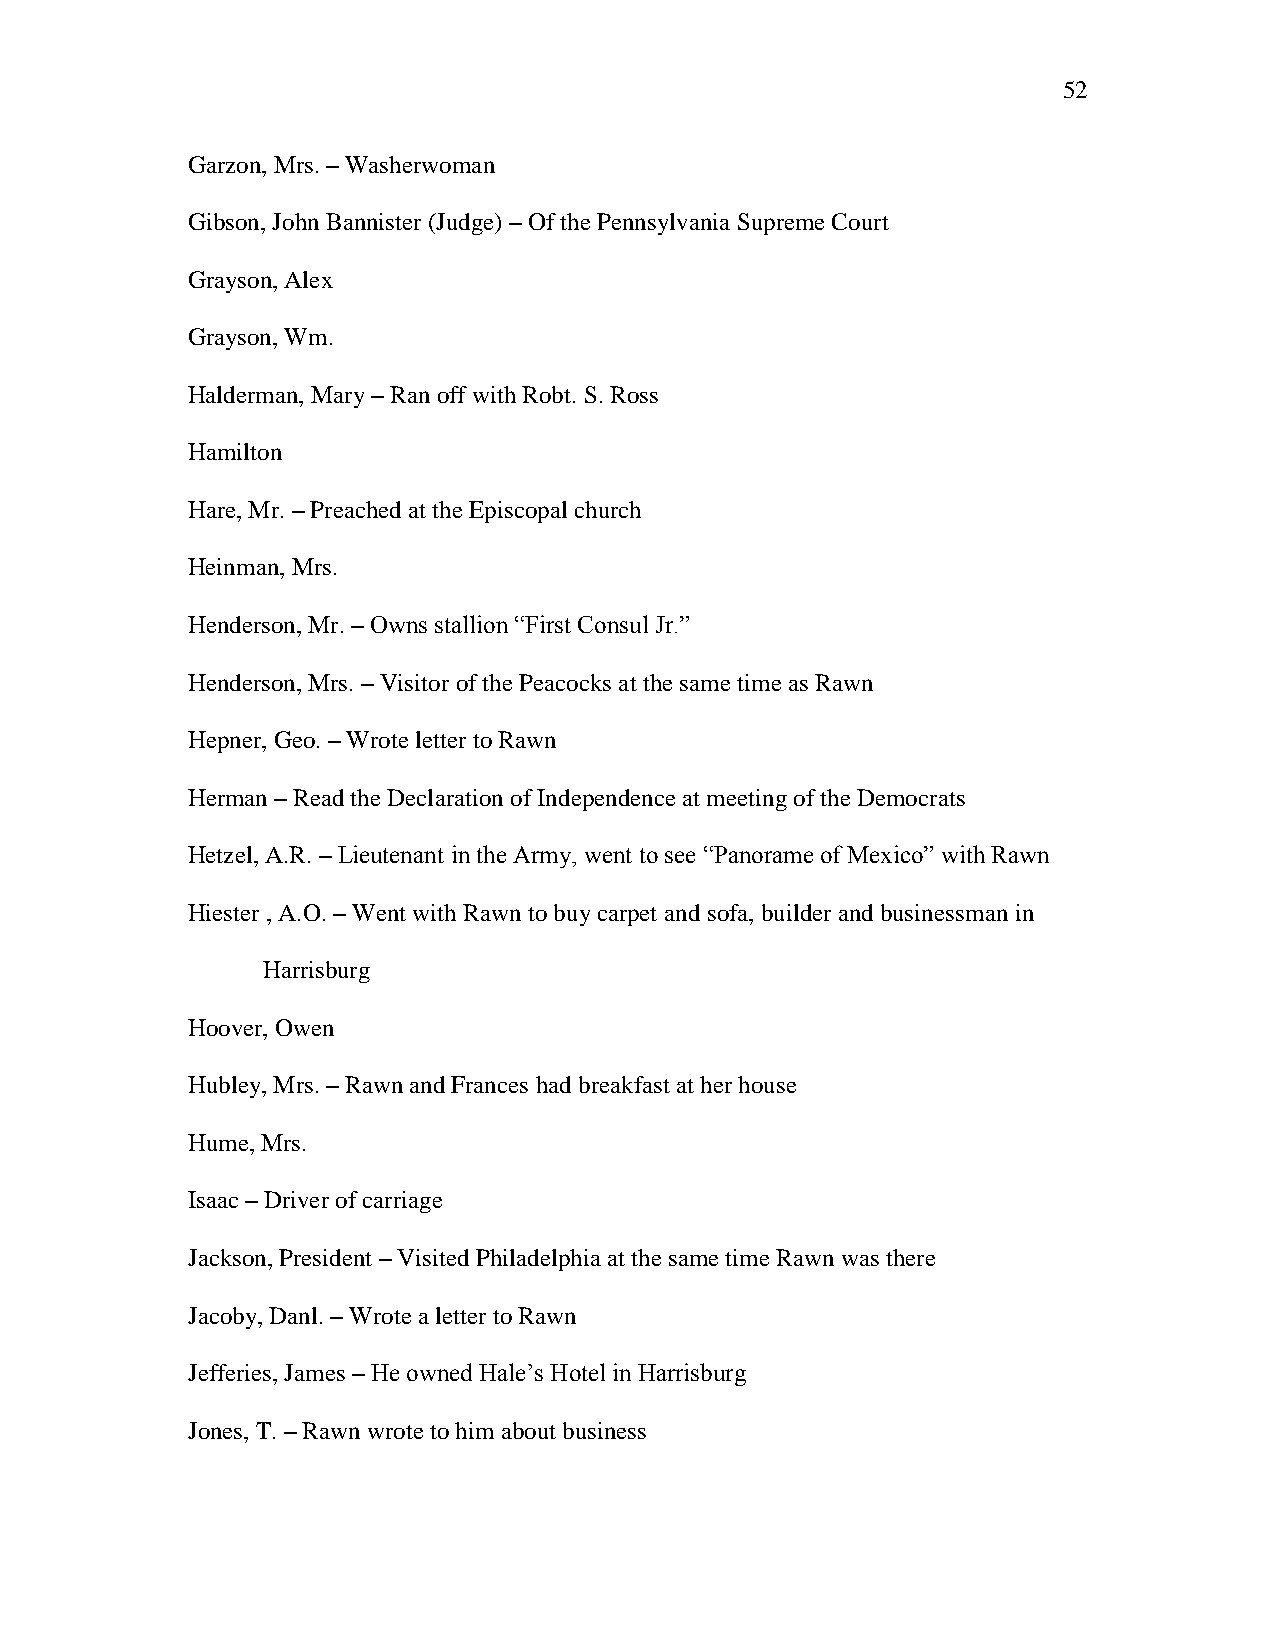
52
 Garzon, Mrs. – Washerwoman
 Gibson, John Bannister (Judge) – Of the Pennsylvania Supreme Court
 Grayson, Alex
 Grayson, Wm.
 Halderman, Mary – Ran off with Robt. S. Ross
 Hamilton
 Hare, Mr. – Preached at the Episcopal church
 Heinman, Mrs.
 Henderson, Mr. – Owns stallion ―First Consul Jr.‖
 Henderson, Mrs. – Visitor of the Peacocks at the same time as Rawn
 Hepner, Geo. – Wrote letter to Rawn
 Herman – Read the Declaration of Independence at meeting of the Democrats
 Hetzel, A.R. – Lieutenant in the Army, went to see ―Panorame of Mexico‖ with Rawn
 Hiester , A.O. – Went with Rawn to buy carpet and sofa, builder and businessman in
 Harrisburg
 Hoover, Owen
 Hubley, Mrs. – Rawn and Frances had breakfast at her house
 Hume, Mrs.
 Isaac – Driver of carriage
 Jackson, President – Visited Philadelphia at the same time Rawn was there
 Jacoby, Danl. – Wrote a letter to Rawn
 Jefferies, James – He owned Hale‘s Hotel in Harrisburg
 Jones, T. – Rawn wrote to him about business